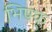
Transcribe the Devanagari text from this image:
भिषक्